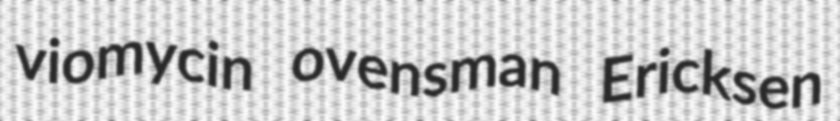
viomycin ovensman Ericksen